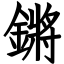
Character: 鏘